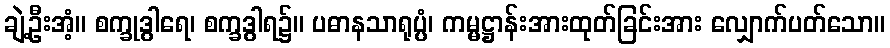
ချဲ့ဦးအံ့။ စက္ခုဒွါရေ၊ စက္ခဒွါရ၌။ ပဓာနသာရုပ္ပံ၊ ကမ္မဋ္ဌာန်းအားထုတ်ခြင်းအား လျှောက်ပတ်သော။